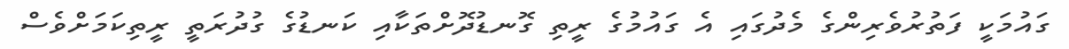
ގައުމަކީ ފަތުރުވެރިންގެ މެދުގައި އެ ގައުމުގެ ރީތި ގޮނޑުދޮށްތަކާއި ކަނޑުގެ ގުދުރަތީ ރީތިކަމަށްވެސް